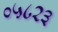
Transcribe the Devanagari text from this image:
०५८२३